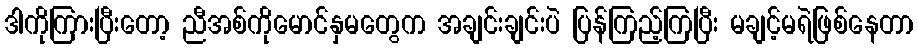
ဒါကိုကြားပြီးတော့ ညီအစ်ကိုမောင်နှမတွေက အချင်းချင်းပဲ ပြန်ကြည့်ကြပြီး မချင့်မရဲဖြစ်နေတာ